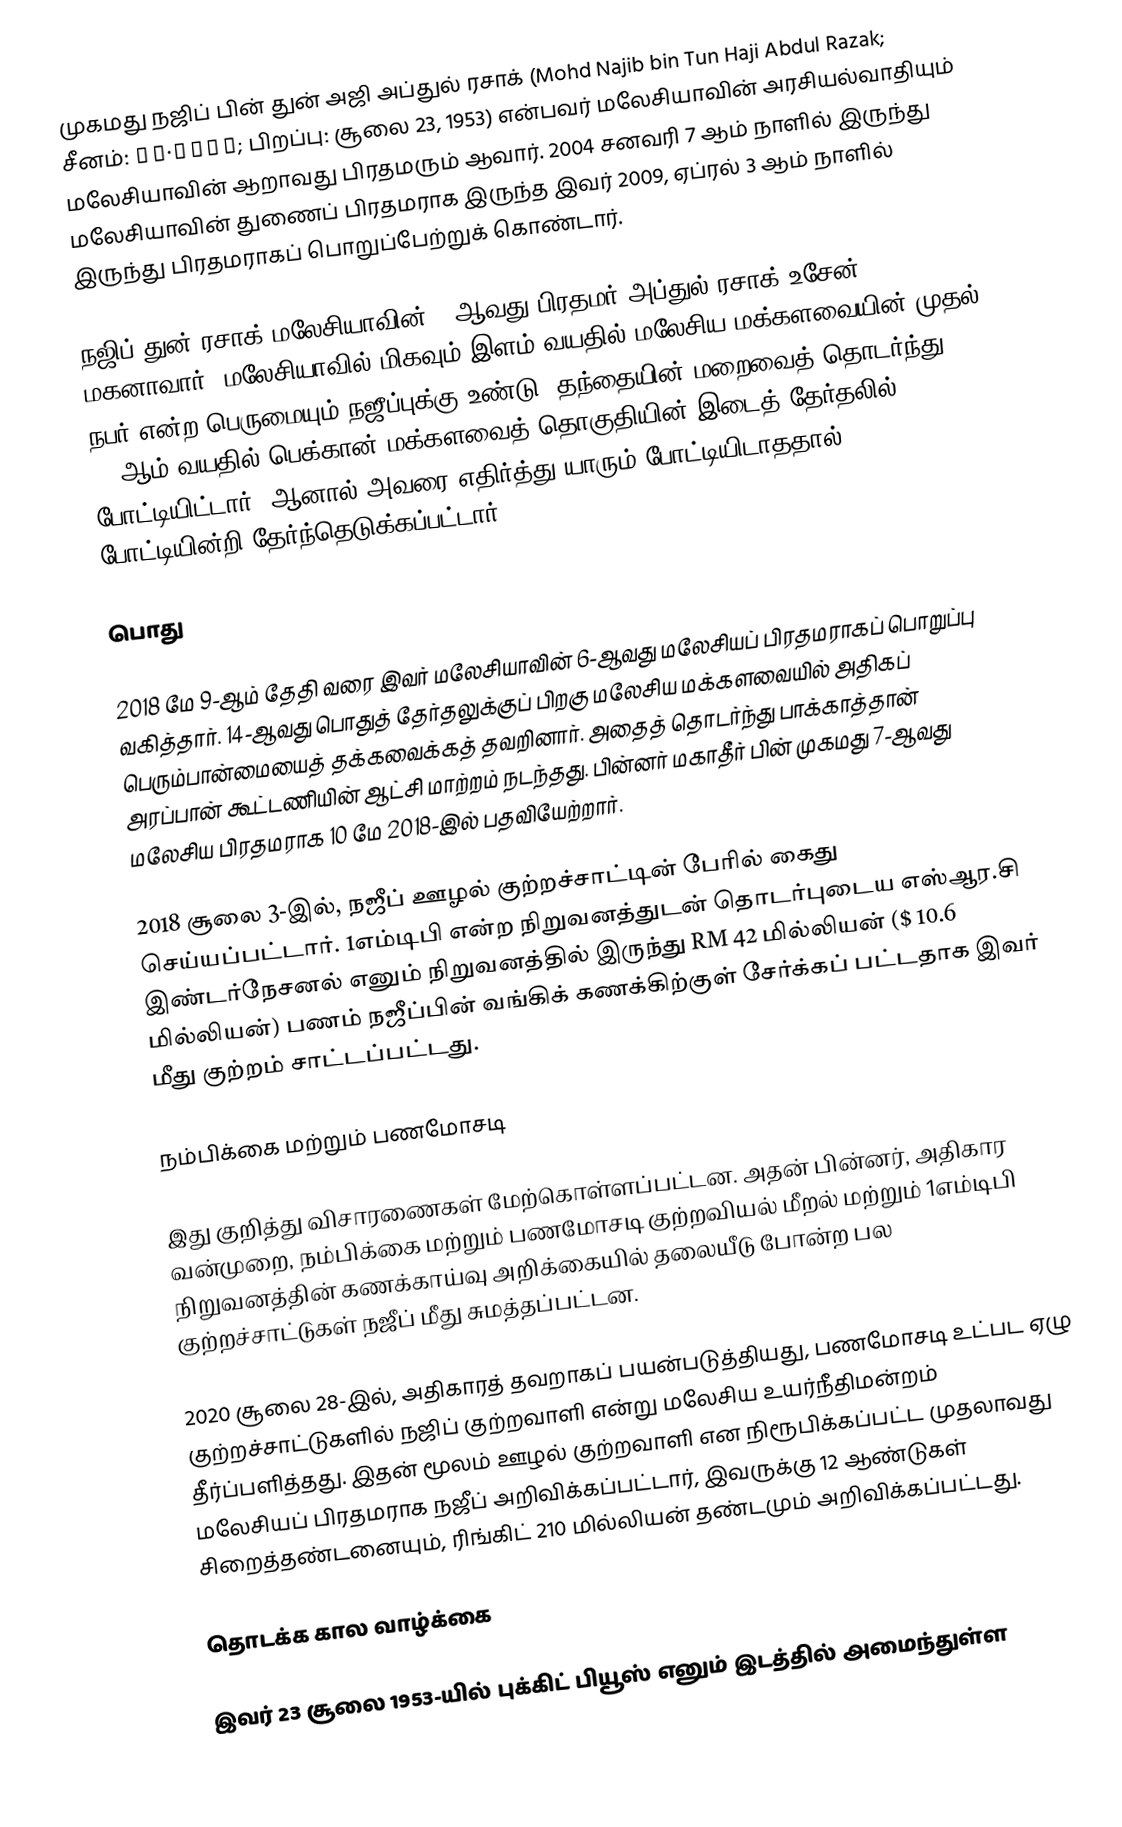
முகமது நஜிப் பின் துன் அஜி அப்துல் ரசாக் (Mohd Najib bin Tun Haji Abdul Razak; சீனம்: 纳吉·阿都拉萨; பிறப்பு: சூலை 23, 1953) என்பவர் மலேசியாவின் அரசியல்வாதியும் மலேசியாவின் ஆறாவது பிரதமரும் ஆவார். 2004 சனவரி 7 ஆம் நாளில் இருந்து மலேசியாவின் துணைப் பிரதமராக இருந்த இவர் 2009, ஏப்ரல் 3 ஆம் நாளில் இருந்து பிரதமராகப் பொறுப்பேற்றுக் கொண்டார்.

நஜிப் துன் ரசாக் மலேசியாவின் 2-ஆவது பிரதமர் அப்துல் ரசாக் உசேன் மகனாவார். மலேசியாவில் மிகவும் இளம் வயதில் மலேசிய மக்களவையின் முதல் நபர் என்ற பெருமையும் நஜீப்புக்கு உண்டு. தந்தையின் மறைவைத் தொடர்ந்து 22-ஆம் வயதில் பெக்கான் மக்களவைத் தொகுதியின் இடைத் தேர்தலில் போட்டியிட்டார். ஆனால் அவரை எதிர்த்து யாரும் போட்டியிடாததால், போட்டியின்றி தேர்ந்தெடுக்கப்பட்டார்.

பொது

2018 மே 9-ஆம் தேதி வரை இவர் மலேசியாவின் 6-ஆவது மலேசியப் பிரதமராகப் பொறுப்பு வகித்தார். 14-ஆவது பொதுத் தேர்தலுக்குப் பிறகு மலேசிய மக்களவையில் அதிகப் பெரும்பான்மையைத் தக்கவைக்கத் தவறினார். அதைத் தொடர்ந்து பாக்காத்தான் அரப்பான் கூட்டணியின் ஆட்சி மாற்றம் நடந்தது. பின்னர் மகாதீர் பின் முகமது 7-ஆவது மலேசிய பிரதமராக 10 மே 2018-இல் பதவியேற்றார்.

2018 சூலை 3-இல், நஜீப் ஊழல் குற்றச்சாட்டின் பேரில் கைது செய்யப்பட்டார். 1எம்டிபி என்ற நிறுவனத்துடன் தொடர்புடைய எஸ்ஆர.சி இண்டர்நேசனல் எனும் நிறுவனத்தில் இருந்து RM 42 மில்லியன் ($ 10.6 மில்லியன்) பணம் நஜீப்பின் வங்கிக் கணக்கிற்குள் சேர்க்கப் பட்டதாக இவர் மீது குற்றம் சாட்டப்பட்டது.

நம்பிக்கை மற்றும் பணமோசடி

இது குறித்து விசாரணைகள் மேற்கொள்ளப்பட்டன. அதன் பின்னர், அதிகார வன்முறை, நம்பிக்கை மற்றும் பணமோசடி குற்றவியல் மீறல் மற்றும் 1எம்டிபி நிறுவனத்தின் கணக்காய்வு அறிக்கையில் தலையீடு போன்ற பல குற்றச்சாட்டுகள் நஜீப் மீது சுமத்தப்பட்டன.

2020 சூலை 28-இல், அதிகாரத் தவறாகப் பயன்படுத்தியது, பணமோசடி உட்பட ஏழு குற்றச்சாட்டுகளில் நஜிப் குற்றவாளி என்று மலேசிய உயர்நீதிமன்றம் தீர்ப்பளித்தது. இதன் மூலம் ஊழல் குற்றவாளி என நிரூபிக்கப்பட்ட முதலாவது மலேசியப் பிரதமராக நஜீப் அறிவிக்கப்பட்டார், இவருக்கு 12 ஆண்டுகள் சிறைத்தண்டனையும், ரிங்கிட் 210 மில்லியன் தண்டமும் அறிவிக்கப்பட்டது.

தொடக்க கால வாழ்க்கை

இவர் 23 சூலை 1953-யில் புக்கிட் பியூஸ் எனும் இடத்தில் அமைந்துள்ள